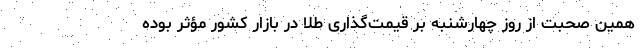
همین صحبت از روز چهارشنبه بر قیمت‌گذاری طلا در بازار کشور مؤثر بوده